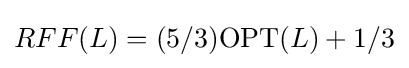
RFF(L)=(5/3)\mathrm {OPT} (L)+1/3